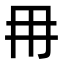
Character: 𭁠